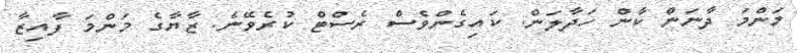
މަންމަ ދާނަން ކާން ހަދާލަން. ކައިގެންވެސް ރެސްޓް ކުރެވޭނެ. ޒާޔާގެ މަންމަ ފާއިޒާ